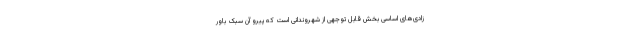
زادی‌های اساسی بخش قابل توجهی از شهروندانی است که پیرو آن سبک باور